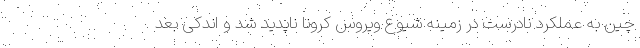
چین به عملکرد نادرست در زمینه شیوع ویروس کرونا ناپدید شد و اندکی بعد